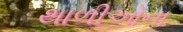
થાળીઓના